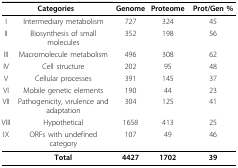
<table><thead><tr><td colspan="2"><b>Categories</b></td><td><b>Genome</b></td><td><b>Proteome</b></td><td><b>Prot/Gen %</b></td></tr></thead><tbody><tr><td>I</td><td>Intermediary metabolism</td><td>727</td><td>324</td><td>45</td></tr><tr><td>II</td><td>Biosynthesis of small molecules</td><td>352</td><td>198</td><td>56</td></tr><tr><td>III</td><td>Macromolecule metabolism</td><td>496</td><td>308</td><td>62</td></tr><tr><td>IV</td><td>Cell structure</td><td>202</td><td>95</td><td>48</td></tr><tr><td>V</td><td>Cellular processes</td><td>391</td><td>145</td><td>37</td></tr><tr><td>VI</td><td>Mobile genetic elements</td><td>190</td><td>44</td><td>23</td></tr><tr><td>VII</td><td>Pathogenicity, virulence and adaptation</td><td>304</td><td>125</td><td>41</td></tr><tr><td>VIII</td><td>Hypothetical</td><td>1658</td><td>413</td><td>25</td></tr><tr><td>IX</td><td>ORFs with undefined category</td><td>107</td><td>49</td><td>46</td></tr><tr><td></td><td><b>Total</b></td><td><b>4427</b></td><td><b>1702</b></td><td><b>39</b></td></tr></tbody></table>